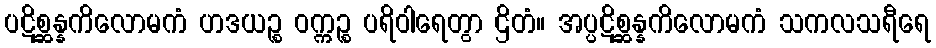
ပဋိစ္ဆန္နကိလောမကံ ဟဒယဉ္စ ဝက္ကဉ္စ ပရိဝါရေတွာ ဌိတံ။ အပ္ပဋိစ္ဆန္နကိလောမကံ သကလသရီရေ